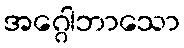
အဂ္ဂေါဘာသော